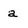
Character: a